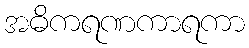
အဓိကရဏကာရကာ